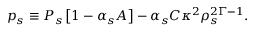
p _ { s } \equiv P _ { s } \left[ 1 - \alpha _ { s } A \right] - \alpha _ { s } C \kappa ^ { 2 } \rho _ { s } ^ { 2 \Gamma - 1 } .